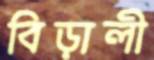
বিড়ালী